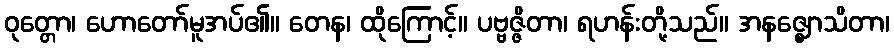
ဝုတ္တော၊ ဟောတော်မူအပ်၏။ တေန၊ ထိုကြောင့်။ ပဗ္ဗဇ္ဇိတာ၊ ရဟန်းတို့သည်။ အနဇ္ဈောသိတာ၊